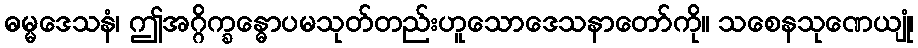
ဓမ္မဒေသနံ၊ ဤအဂ္ဂိက္ခန္ဓောပမသုတ်တည်းဟူသောဒေသနာတော်ကို။ သစေနသုဏေယျုံ၊